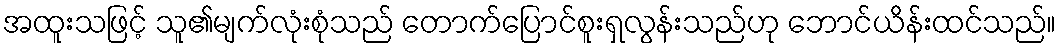
အထူးသဖြင့် သူ၏မျက်လုံးစုံသည် တောက်ပြောင်စူးရှလွန်းသည်ဟု ဘောင်ယိန်းထင်သည်။